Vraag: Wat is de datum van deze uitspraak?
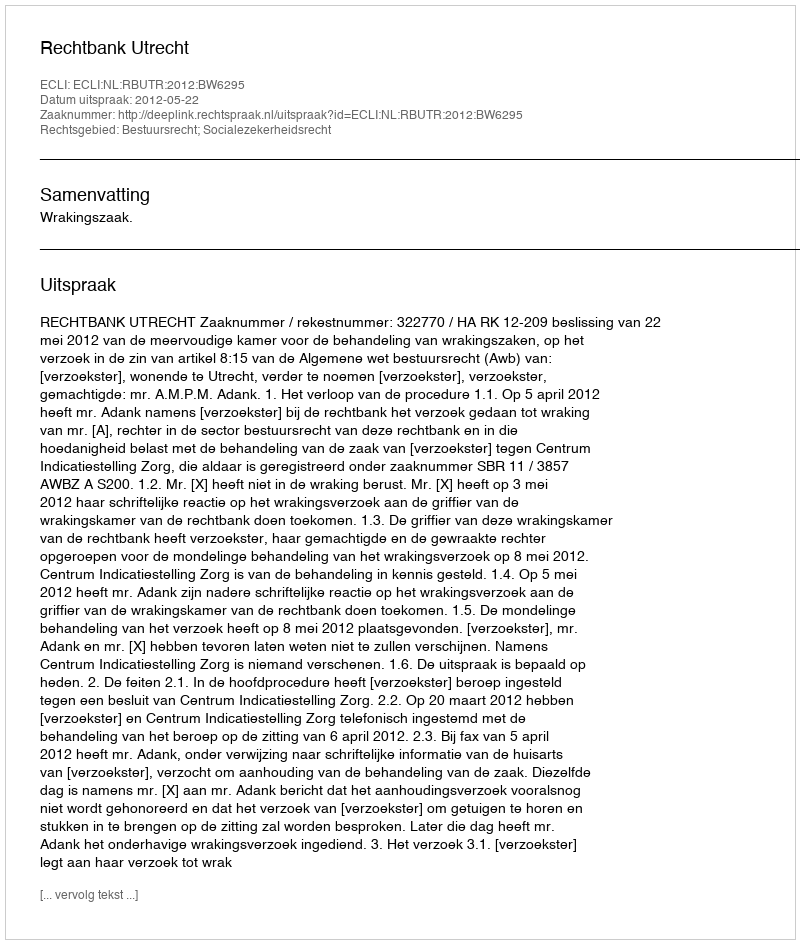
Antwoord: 2012-05-22